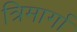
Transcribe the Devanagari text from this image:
त्रिमार्गा